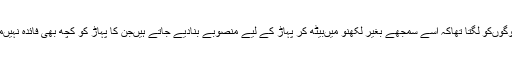
پہاڑ کے لوگوںکو لگتا تھاکہ اسے سمجھے بغیر لکھنؤ میںبیٹھ کر پہاڑ کے لیے منصوبے بنادیے جاتے ہیںجن کا پہاڑ کو کچھ بھی فائدہ نہیںمل پاتا ہے۔